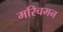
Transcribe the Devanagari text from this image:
मरिचमन